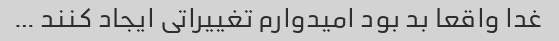
غدا واقعا بد بود امیدوارم تغییراتی ایجاد کنند …